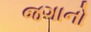
જગાનો